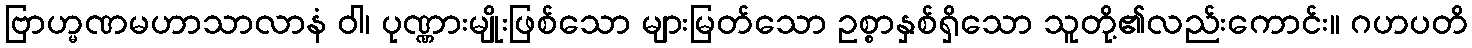
ဗြာဟ္မဏမဟာသာလာနံ ဝါ၊ ပုဏ္ဏားမျိုးဖြစ်သော များမြတ်သော ဥစ္စာနှစ်ရှိသော သူတို့၏လည်းကောင်း။ ဂဟပတိ